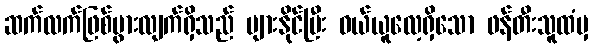
ဆက်လက်ဖြစ်ပွားလျက်ရှိသည် များနိုင်ပြီး ဝယ်ယူလေ့ရှိသော ဖန်တီးသူထံမှ